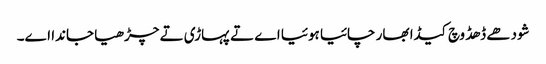
شودھے ڈھڈ وچ کیڈا بھار چائیا ہوئیا اے تے پہاڑی تے چڑھیا جاندا اے۔